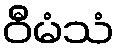
ဝီမံသံ